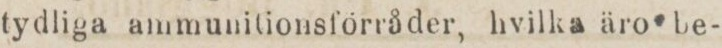
tydliga ammunitionsförråder, hvilka äro be-